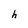
Character: h